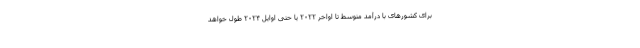
برای کشورهای با درآمد متوسط تا اواخر ۲۰۲۲ یا حتی اوایل ۲۰۲۴ طول خواهد